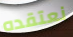
نعتقده